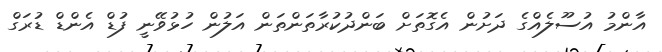
އާންމު އުސޫލެއްގެ ދަށުން އެގޮތަށް ބަންދުކުރާތަންތަން އަލުން ހުޅުވޭނީ ފުޑް އެންޑް ޑުރަގް